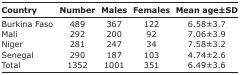
<table><thead><tr><td><b>Country</b></td><td><b>Number</b></td><td><b>Males</b></td><td><b>Females</b></td><td><b>Mean age±SD</b></td></tr></thead><tbody><tr><td>Burkina Faso</td><td>489</td><td>367</td><td>122</td><td>6.58±3.7</td></tr><tr><td>Mali</td><td>292</td><td>200</td><td>92</td><td>7.06±3.9</td></tr><tr><td>Niger</td><td>281</td><td>247</td><td>34</td><td>7.58±3.2</td></tr><tr><td>Senegal</td><td>290</td><td>187</td><td>103</td><td>4.74±2.6</td></tr><tr><td>Total</td><td>1352</td><td>1001</td><td>351</td><td>6.49±3.6</td></tr></tbody></table>